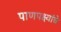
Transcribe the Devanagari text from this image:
पाणपक्ष्यांचे